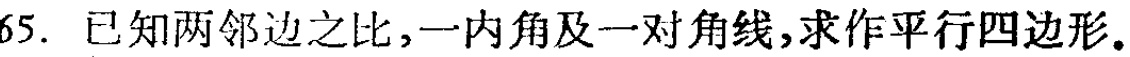
65. 已知两邻边之比,一内角及一对角线,求作平行四边形。